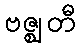
ဗဇ္ဈတီ